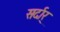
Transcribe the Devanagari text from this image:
सर्दार्